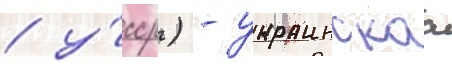
/ у́сср) - украинскаа